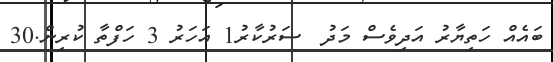
ބައެއް ހަތިޔާރު އަދިވެސް މަދު  ސަރުކާރު1 އަހަރު 3 ހަފްތާ ކުރިން.30